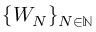
\{ W _ { N } \} _ { N \in \mathbb { N } }